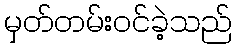
မှတ်တမ်းဝင်ခဲ့သည်